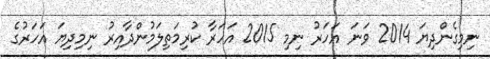
ނިމިގެންދިޔަ 2014 ވަނަ އަހަރު ނިމި 2015 އަހަރާ ކުރިމަތިލަމުންދާއިރު ނިމިދިޔަ އަހަރުގެ